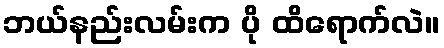
ဘယ်နည်းလမ်းက ပို ထိရောက်လဲ။